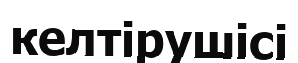
келтірушісі